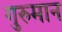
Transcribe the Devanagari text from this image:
गुरुमान